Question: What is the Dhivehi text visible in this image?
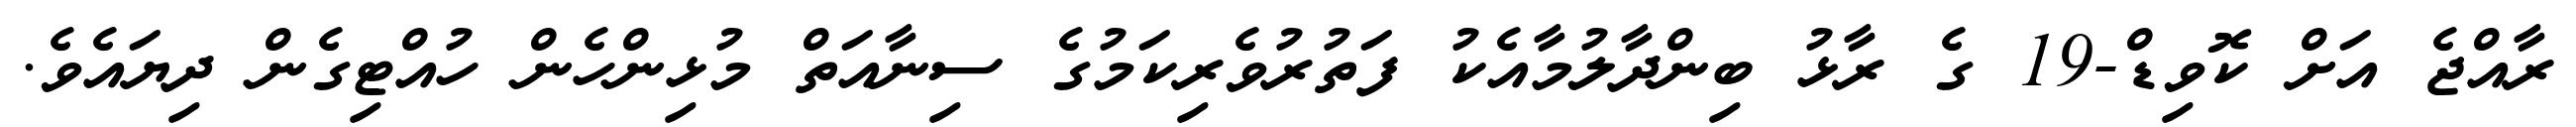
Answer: ރާއްޖެ އަށް ކޮވިޑް-19 ގެ ރާޅު ބިންދާލުމާއެކު ފަތުރުވެރިކަމުގެ ސިނާއަތް މުޅިންހެން ހުއްޓިގެން ދިޔައެވެ.